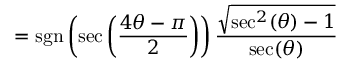
= \operatorname { s g n } \left( \sec \left( { \frac { 4 \theta - \pi } { 2 } } \right) \right) { \frac { \sqrt { \sec ^ { 2 } ( \theta ) - 1 } } { \sec ( \theta ) } }